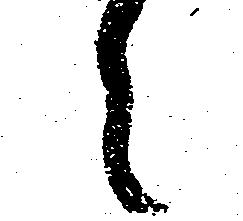
々